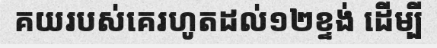
គយរបស់គេរហូតដល់១២ខ្ទង់ ដើម្បី